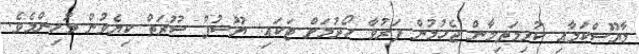
މާޔޫސްކަމާއި ކުރިމަތިލާން ޖެހުމުން ފަރުވާ ހޯދުމަށް ޓަކައި: ޔޫސުފް ސޫރަތް ކިޔެވުން މުހިންމެވެ.